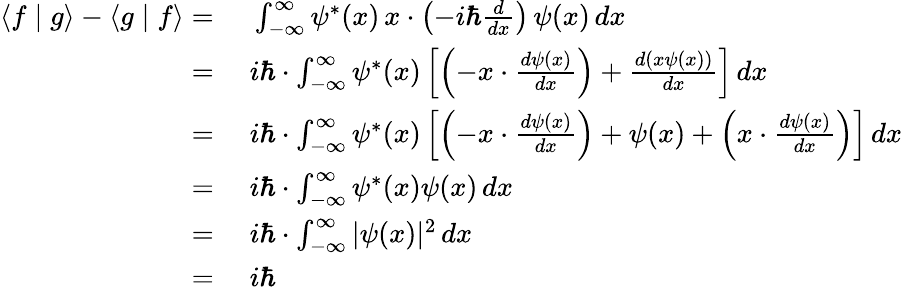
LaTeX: \begin{array}{rl}{\langle f\mid g\rangle-\langle g\mid f\rangle={}}&{{}\int_{-\infty}^{\infty}\psi^{*}(x)\, x\cdot\left(-i\hbar{\frac{d}{dx}}\right)\, \psi(x)\, dx}\\ {={}}&{{}i\hbar\cdot\int_{-\infty}^{\infty}\psi^{*}(x)\left[\left(-x\cdot{\frac{d\psi(x)}{dx}}\right)+{\frac{d(x\psi(x))}{dx}}\right]\, dx}\\ {={}}&{{}i\hbar\cdot\int_{-\infty}^{\infty}\psi^{*}(x)\left[\left(-x\cdot{\frac{d\psi(x)}{dx}}\right)+\psi(x)+\left(x\cdot{\frac{d\psi(x)}{dx}}\right)\right]\, dx}\\ {={}}&{{}i\hbar\cdot\int_{-\infty}^{\infty}\psi^{*}(x)\psi(x)\, dx}\\ {={}}&{{}i\hbar\cdot\int_{-\infty}^{\infty}|\psi(x)|^{2}\, dx}\\ {={}}&{{}i\hbar}\end{array}